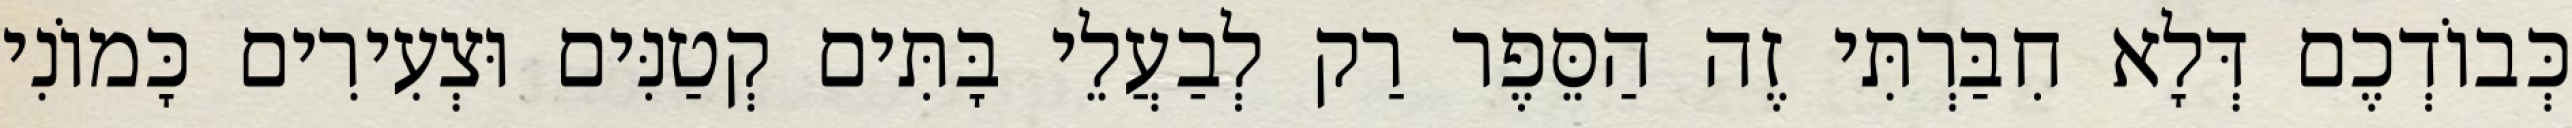
כְּבוֹדְכֶם דְּלָא חִבַּרְתִּי זֶה הַסֵּפֶר רַק לְבַעֲלֵי בָּתִּים קְטַנִּים וּצְעִירִים כָּמוֹנִי